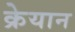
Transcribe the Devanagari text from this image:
क्रेयान